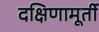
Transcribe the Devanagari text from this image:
दक्षिणामूर्ती